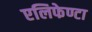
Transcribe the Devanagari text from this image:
एलिफेण्टा